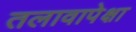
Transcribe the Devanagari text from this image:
तलावापेक्षा